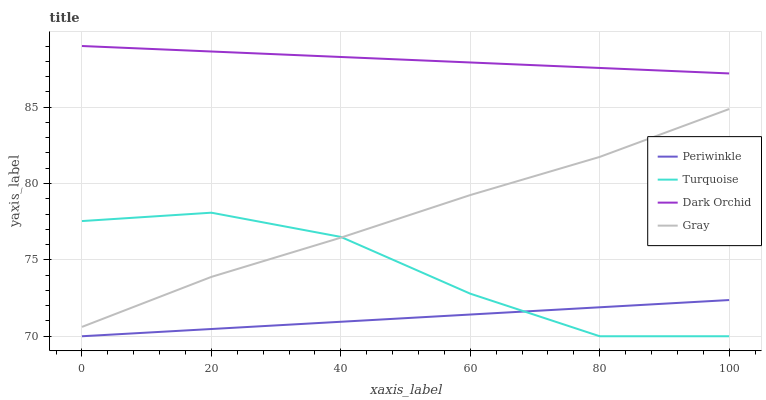
| xaxis_label | Periwinkle | Turquoise | Dark Orchid | Gray |
 | --- | --- | --- | --- | --- |
 | 0 | 70 | 77.5 | 89 | 70.6 |
 | 20 | 70.5 | 78.1 | 88.6 | 73.9 |
 | 40 | 70.9 | 76.5 | 88.3 | 76.5 |
 | 60 | 71.4 | 72.8 | 87.9 | 79.2 |
 | 80 | 71.9 | 70 | 87.6 | 81.7 |
 | 100 | 72.4 | 70 | 87.2 | 84.9 |